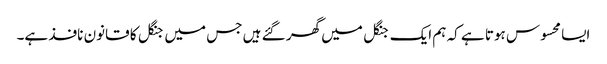
ایسا محسوس ہوتا ہے کہ ہم ایک جنگل میں گھر گئے ہیں جس میں جنگل کا قانون نافذ ہے۔